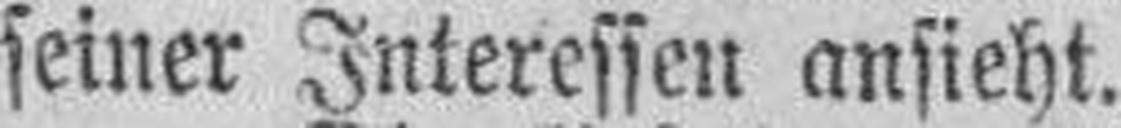
seiner Interessen ansieht.